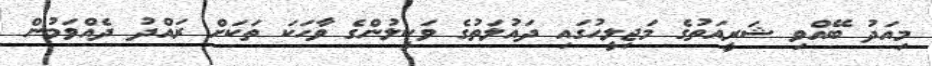
މިއަދު ބޭއްވި ޝަރީއަތުގެ މަޖިލީހުގައި ދައުލަތުގެ ވަކީލުންގެ ވާހަކަ ތަކަށް ރައްދު ދެއްވަމުން